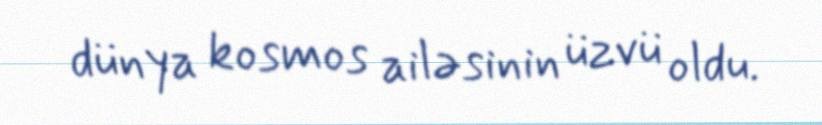
dünya kosmos ailəsinin üzvü oldu.